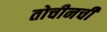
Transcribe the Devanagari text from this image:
तोचीनची